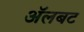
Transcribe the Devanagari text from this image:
अॅलबट